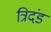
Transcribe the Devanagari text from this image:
त्रिदंड